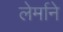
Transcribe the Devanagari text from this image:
लेर्माने